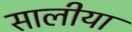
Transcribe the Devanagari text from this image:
सालीया